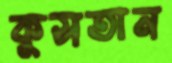
কুসতান